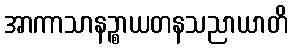
အာကာသာနဉ္စာယတနသညာယာတိ